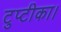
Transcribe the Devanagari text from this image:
टुप्टीका।